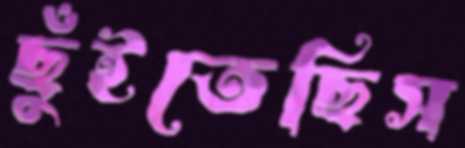
ছুঁইতেছিস